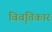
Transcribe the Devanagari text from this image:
विवृतिकार